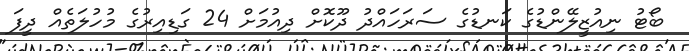
ބޯޓު ނިއުޒީލޭންޑުގެ ކަނޑުގެ ސަރަހައްދު ދޫކޮށް ދިއުމަށް 24 ގަޑިއިރުގެ މުހުލަތެއް ދީފަ